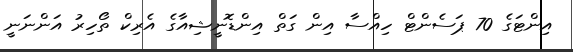
އިންޓަގެ 70 ޕަސެންޓް ހިއްސާ އިން ގަތް އިންޑޮނީޝިއާގެ އެރިކް ތޯހިރު އަންނަނީ